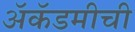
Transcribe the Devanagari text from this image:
ॲकॅडमीची